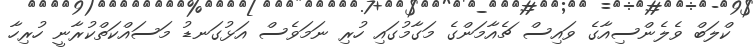
ކްލަބް ވެލެންސިއާގެ ވައިސް ޗެއާމަންގެ މަގާމުގައި ހުރި ނަމަވެސް އަޅުގަނޑު މަސައްކަތްކުރާނީ ހުރިހާ